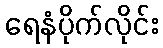
ရေနံပိုက်လိုင်း